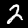
Label: 2